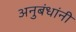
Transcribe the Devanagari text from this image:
अनुबंधांनी